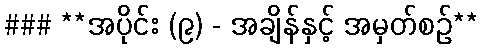
### **အပိုင်း (၉) - အချိန်နှင့် အမှတ်စဉ်**